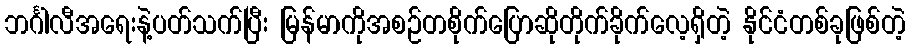
ဘင်္ဂါလီအရေးနဲ့ပတ်သက်ပြီး မြန်မာကိုအစဉ်တစိုက်ပြောဆိုတိုက်ခိုက်လေ့ရှိတဲ့ နိုင်ငံတစ်ခုဖြစ်တဲ့